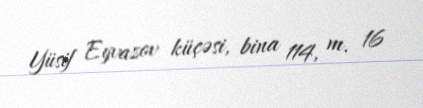
Yüsif Eyvazov küçəsi, bina 114, m. 16